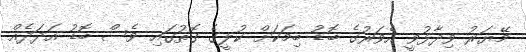
މޭޔަރު ވިދާޅުވީ އެވަރުގެ ބޮޑު ބިމަކަށް ކުލީގެ ގޮތުގައި ވެސް ބޮޑު އަދަދެއް